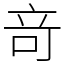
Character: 竒